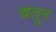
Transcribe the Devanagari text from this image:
चतूर